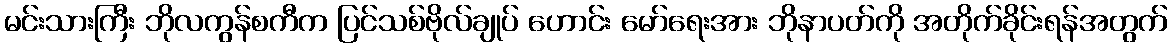
မင်းသားကြီး ဘိုလကွန်စကီက ပြင်သစ်ဗိုလ်ချုပ် ဟောင်း မော်ရေးအား ဘိုနာပတ်ကို အတိုက်ခိုင်းရန်အတွက်